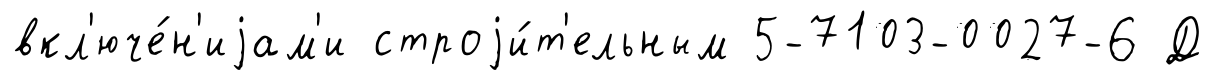
вкл'юче́н'иjам'и строjи́т'ельным 5-7103-0027-6 Д